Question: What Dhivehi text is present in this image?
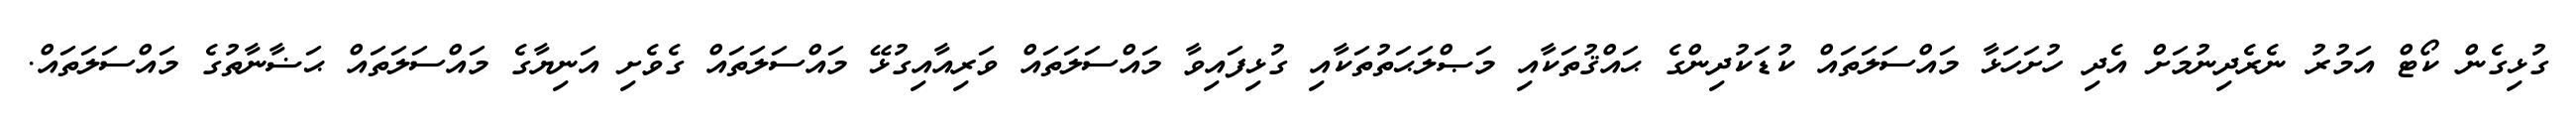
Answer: ގުޅިގެން ކޯޓް އަމުރު ނެރެދިނުމަށް އެދި ހުށަހަޅާ މައްސަލަތައް ކުޑަކުދިންގެ ޙައްޤުތަކާއި މަޞްލަޙަތުތަކާއި ގުޅިފައިވާ މައްސަލަތައް ވަރިއާއިގުޅޭ މައްސަލަތައް ގެވެށި އަނިޔާގެ މައްސަލަތައް ޙަޟާނާތުގެ މައްސަލަތައް.